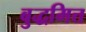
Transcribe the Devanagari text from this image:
बुद्धमित्त